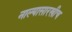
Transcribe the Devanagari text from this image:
नाल्यासारखीच